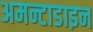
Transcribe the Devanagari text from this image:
अमन्टाडाइन